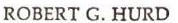
ROBERT G. HURD